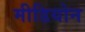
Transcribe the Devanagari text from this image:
मीडियोन